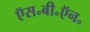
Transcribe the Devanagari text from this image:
ऍस॰बी॰ऍन॰